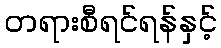
တရားစီရင်ရန်နှင့်